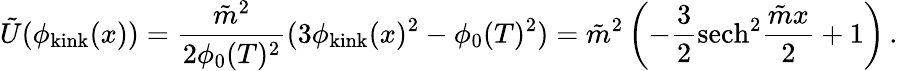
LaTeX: \tilde{U}(\phi_{\mathrm{kink}}(x))=\frac{\tilde{m}^{2}}{2\phi_{0}(T)^{2}}(3\phi_{\mathrm{kink}}(x)^{2}-\phi_{0}(T)^{2})=\tilde{m}^{2}\left(-\frac{3}{2}\mathrm{sech}^{2}\frac{\tilde{m}x}{2}+1\right)\, .